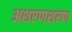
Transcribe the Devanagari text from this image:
अशरणशरण